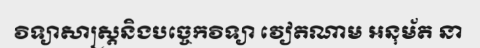
វិទ្យាសាស្ត្រនិងបច្ចេកវិទ្យា វៀតណាម អនុម័ត នា